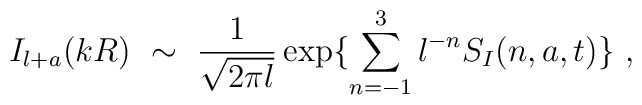
I_{l+a}(kR) \ \sim\ \frac{1}{\sqrt{2\pi l}}\exp \{\sum_{n=-1}^3 l^{-n} S_I(n,a,t)\}\ ,